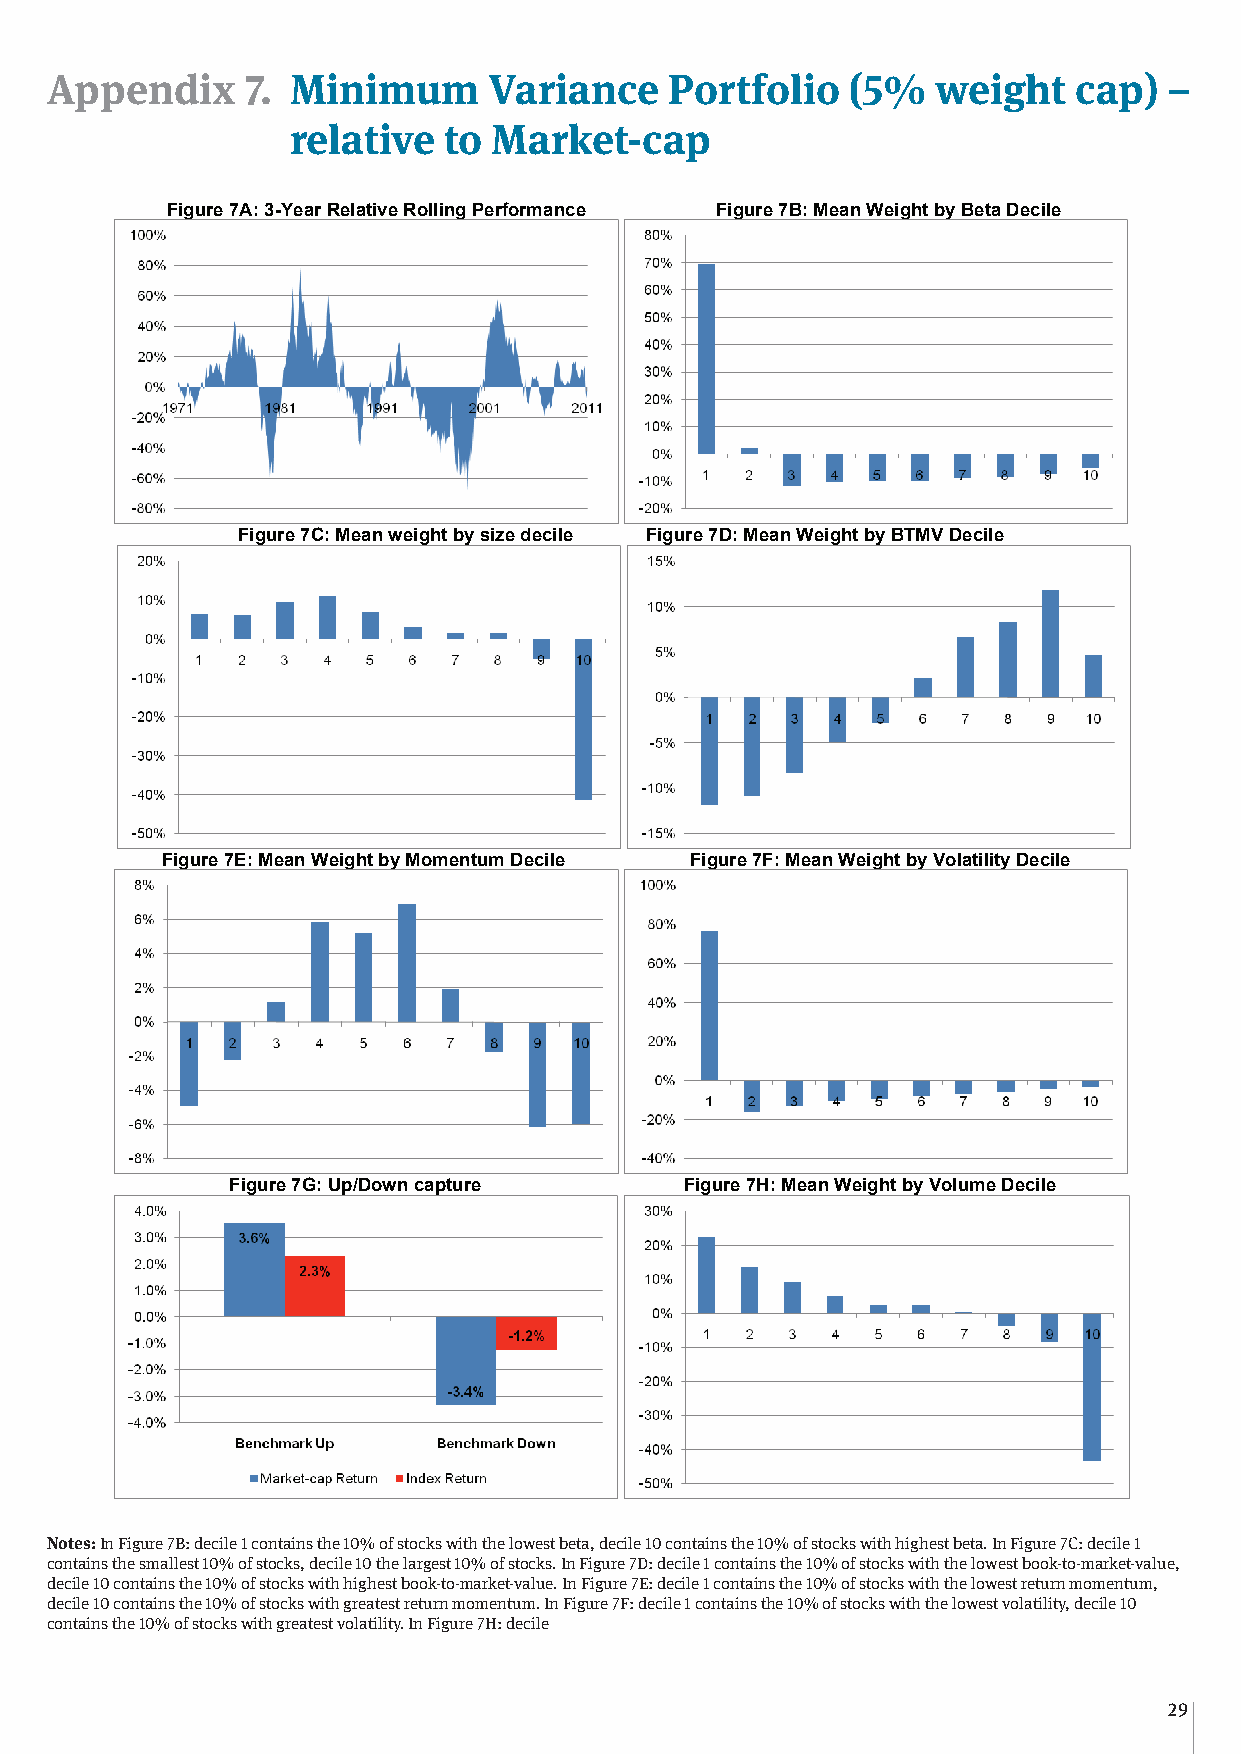
Appendix     7. Minimum      Variance    Portfolio   (5%   weight   cap)  –
 relative  to  Market-cap
 Appendix 7: Minimum Variance Portfolio (5% weight cap) – relative to Market-cap
 Figure 7A: 3-Year Relative Rolling Performance Figure 7B: Mean Weight by Beta Decile
 Figure 7C: Mean weight by size decile Figure 7D: Mean Weight by BTMV Decile
 Figure 7E: Mean Weight by Momentum Decile Figure 7F: Mean Weight by Volatility Decile
 Figure 7G: Up/Down capture    Figure 7H: Mean Weight by Volume Decile
 Notes: In Figure 7B: decile 1 contains the 10% of stocks with the lowest beta, decile 10 contains the 10% of stocks with highest
 Notes: In Figure 7B: decile 1 contains the 10% of stocks with the lowest beta, decile 10 contains the 10% of stocks with highest beta. In Figure 7C: decile 1
 beta. In Figure 7C: decile 1 contains the smallest 10% of stocks, decile 10 the largest 10% of stocks. In Figure 7D: decile 1
 contains the smallest 10% of stocks, decile 10 the largest 10% of stocks. In Figure 7D: decile 1 contains the 10% of stocks with the lowest book-to-market-value,
 contains the 10% of stocks with the lowest book-to-market-value, decile 10 contains the 10% of stocks with highest book-to-
 decile 10 contains the 10% of stocks with highest book-to-market-value. In Figure 7E: decile 1 contains the 10% of stocks with the lowest return momentum,
 market-value. In Figure 7E: decile 1 contains the 10% of stocks with the lowest return momentum, decile 10 contains the 10%
 decile 10 contains the 10% of stocks with greatest return momentum. In Figure 7F: decile 1 contains the 10% of stocks with the lowest volatility, decile 10
 containosf tshteo 1c0k%s wofi tshto gckres awtieths tg rreeatutersnt vmoloamtileitny.t uInm F.i g uInre F 7iHg:u dreec i7leF : decile 1 contains the 10% of stocks with the lowest volatility, decile 10
 contains the 10% of stocks with greatest volatility. In Figure 7H: decile 1 contains the 10% of stocks with the lowest traded
 volume, decile 10 contains the 10% of stocks with greatest traded volume.
 29
 39